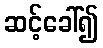
ဆင့်ခေါ်၍